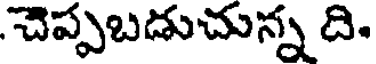
చెప్పబడుచున్న ది.